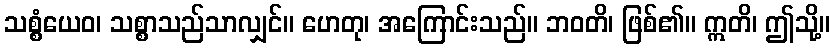
သစ္စံယေဝ၊ သစ္စာသည်သာလျှင်။ ဟေတု၊ အကြောင်းသည်။ ဘဝတိ၊ ဖြစ်၏။ ဣတိ၊ ဤသို့။